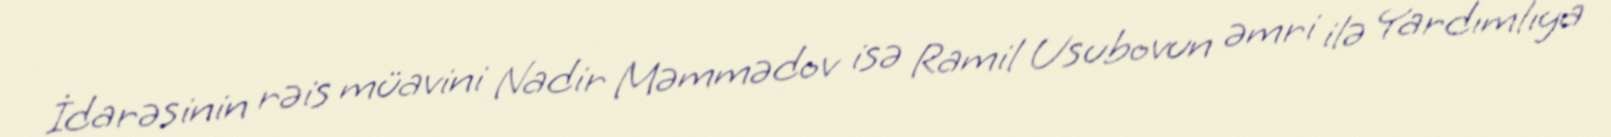
İdarəsinin rəis müavini Nadir Məmmədov isə Ramil Usubovun əmri ilə Yardımlıya